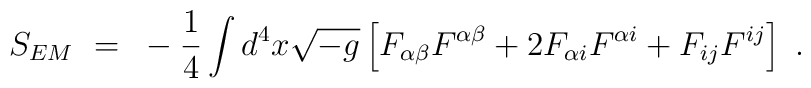
S_{EM}~=~-{1 \over 4} \int d^4x{\sqrt {-g}}\left[ F_{\alpha \beta}F^{\alpha \beta} +2 F_{\alpha i}F^{\alpha i} + F_{ij}F^{ij}  \right]~.